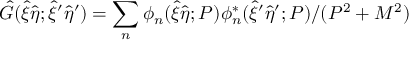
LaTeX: { \hat { G } } ( { \hat { \xi } } { \hat { \eta } } ; { \hat { \xi } } ^ { \prime } { \hat { \eta } } ^ { \prime } ) = \sum _ { n } { \phi } _ { n } ( { \hat { \xi } } { \hat { \eta } } ; P ) { \phi } _ { n } ^ { * } ( { \hat { \xi } } ^ { \prime } { \hat { \eta } } ^ { \prime } ; P ) / ( P ^ { 2 } + M ^ { 2 } )